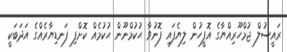
ރައީސުލް ޖުމްހޫރިއްޔާގެ އޮފީހުން ލިޔެފައި ފޮނުވާ ޙުކުމްނޫން ޙުކުމެއް ކޮށްފި ފަނޑިޔާރެއްގެ އަދަބަކީ